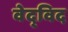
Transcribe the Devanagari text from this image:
वेद्‍विद